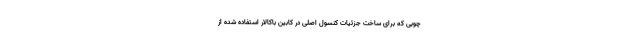
چوبی که برای ساخت جزئیات کنسول اصلی در کابین باکالار استفاده شده از